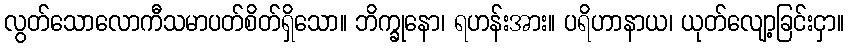
လွတ်သောလောကီသမာပတ်စိတ်ရှိသော။ ဘိက္ခုနော၊ ရဟန်းအား။ ပရိဟာနာယ၊ ယုတ်လျော့ခြင်းငှာ။